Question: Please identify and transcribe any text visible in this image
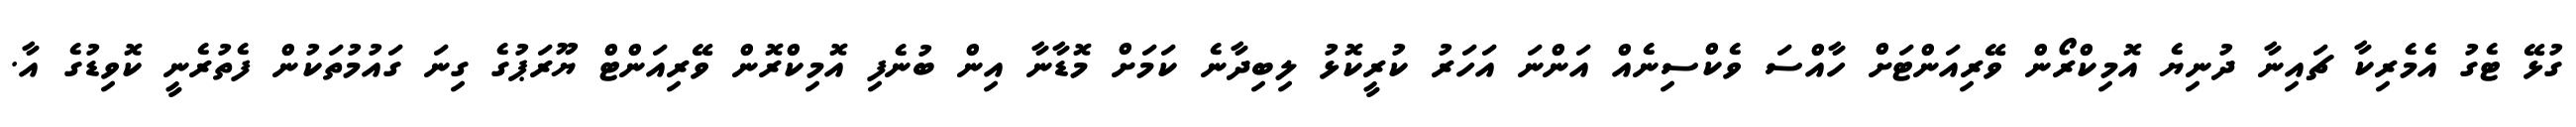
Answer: ގުޅޭ ޓެގު އެމެރިކާ ޗައިނާ ދުނިޔެ އޮމިކްރޯން ވޭރިއަންޓަށް ހާއްސަ ވެކްސިނެއް އަންނަ އަހަރު ކުރީކޮޅު ލިބިދާނެ ކަމަށް މޮޑާނާ އިން ބުނެފި އޮމިކްރޮން ވޭރިއަންޓް ޔޫރަޕުގެ ގިނަ ގައުމުތަކުން ފެތުރެނީ ކޮވިޑުގެ އާ.